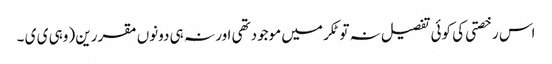
اس رخصتی کی کوئی تفصیل نہ تو ٹکر میں موجودتھی اور نہ ہی دونوں مقررین (وہی ی ی ۔